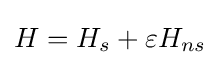
H=H_{s}+\varepsilon H_{ns}